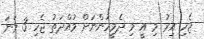
ޖެހި އިރު މި އީ މި ދެމީހުންނަށް މުއްދަތު ޖެހި 3 ވަނަ